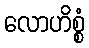
လောဟိစ္စံ